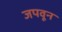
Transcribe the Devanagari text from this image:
जपवून